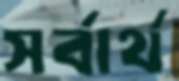
সর্বার্থ